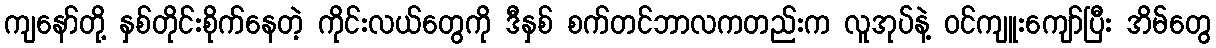
ကျနော်တို့ နှစ်တိုင်းစိုက်နေတဲ့ ကိုင်းလယ်တွေကို ဒီနှစ် စက်တင်ဘာလကတည်းက လူအုပ်နဲ့ ဝင်ကျူးကျော်ပြီး အိမ်တွေ